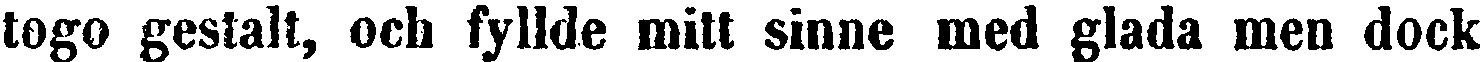
togo gestalt, och fyllde mitt sinne med glada men dock